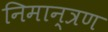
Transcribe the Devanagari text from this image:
निमान्त्रण